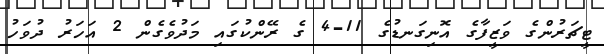
ޓީޗަރުންގެ ވަޒީފާގެ އޮނިގަނޑުގެ 11-4 ގެ ރޭންކުގައި މަދުވެގެން 2 އަހަރު ދުވަހު